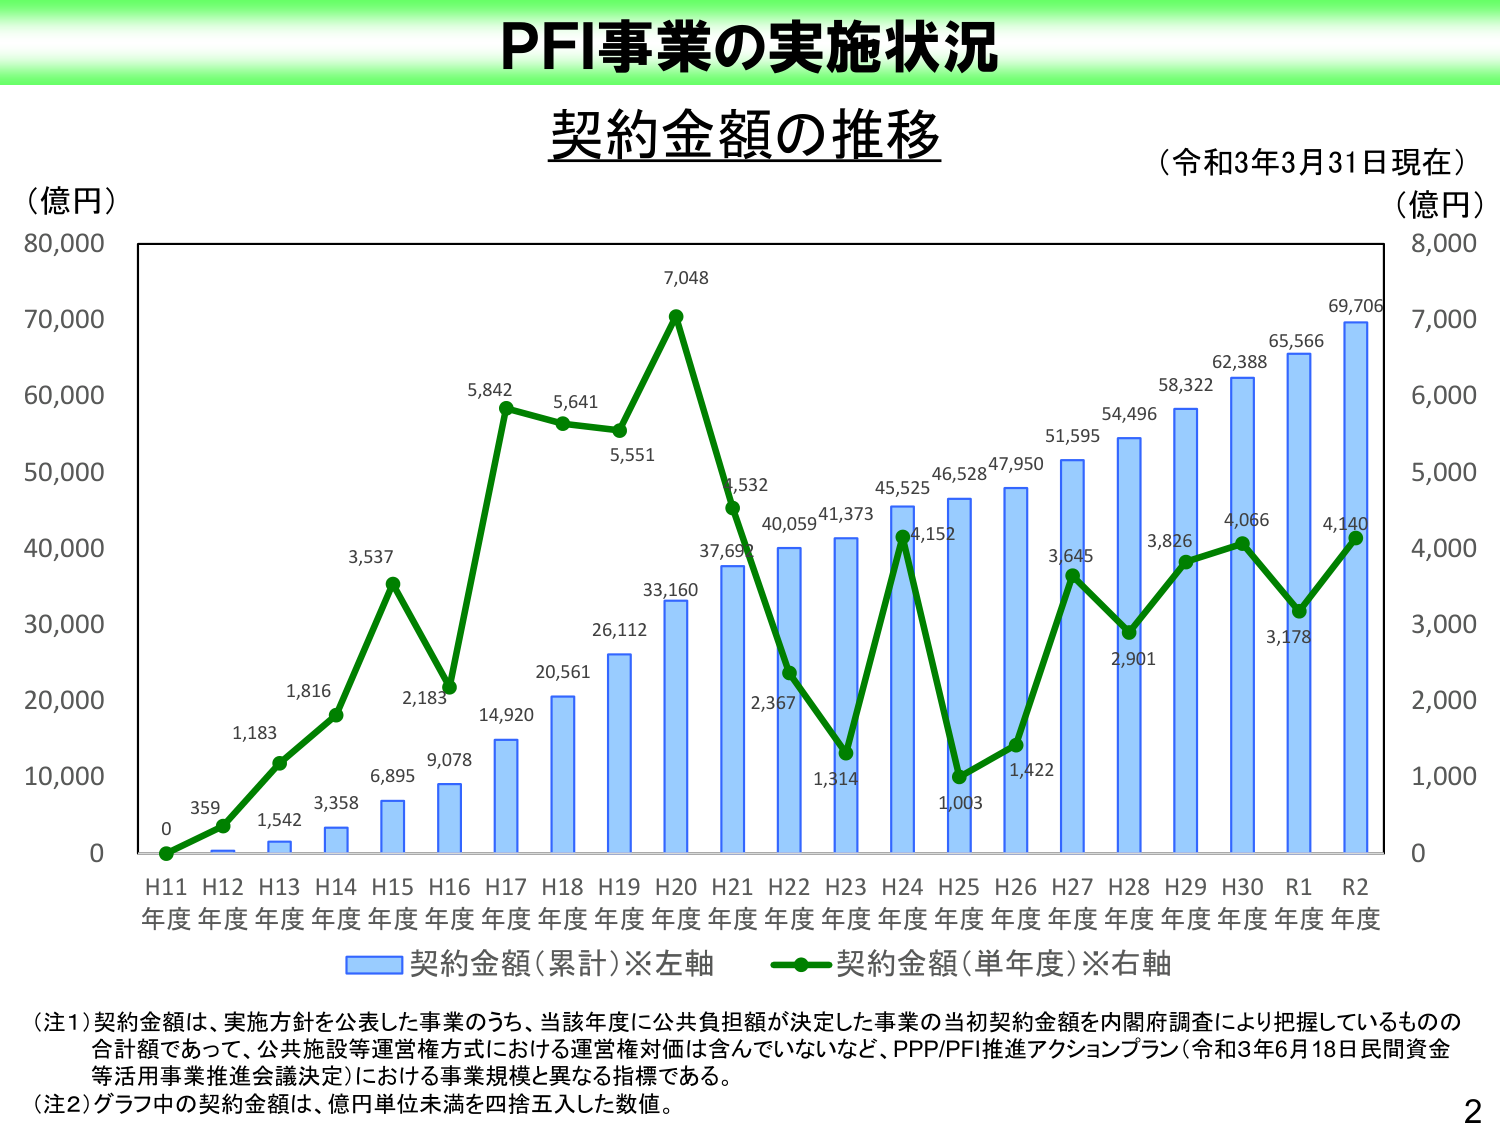
PFI事業の実施状況
契約金額の推移
（令和3年3月31日現在）
（億円）
80,000
70,000
60,000
50,000
40,000
30,000
20,000
10,000
0
H11 年度
H12 年度
H13 年度
H14 年度
H15 年度
H16 年度
H17 年度
H18 年度
H19 年度
H20 年度
H21 年度
H22 年度
H23 年度
H24 年度
H25 年度
H26 年度
H27 年度
H28 年度
H29 年度
H30 年度
R1 年度
R2 年度
0
1,000
2,000
3,000
4,000
5,000
6,000
7,000
8,000
（億円）
359
1,183
1,816
3,358
3,537
6,895
9,078
14,920
20,561
26,112
33,160
37,692
40,059
41,373
45,525
46,528
47,950
51,595
54,496
58,322
62,388
65,566
69,706
0
2,367
1,314
4,152
1,003
1,422
3,645
2,901
3,826
4,066
3,178
4,140
5,842
5,641
5,551
7,048
1,532
藍色の棒グラフ：契約金額（累計）※左軸
緑色の折れ線グラフ：契約金額（単年度）※右軸
（注1）契約金額は、実施方針を公表した事業のうち、当該年度に公共負担額が決定した事業の当初契約金額を内閣府調査により把握しているものの合計額であって、公共施設等運営権方式における運営権対価は含んでいないなど、PPP/PFI推進アクションプラン（令和3年6月18日民間資金等活用事業推進会議決定）における事業規模と異なる指標である。
（注2）グラフ中の契約金額は、億円単位未満を四捨五入した数値。
2